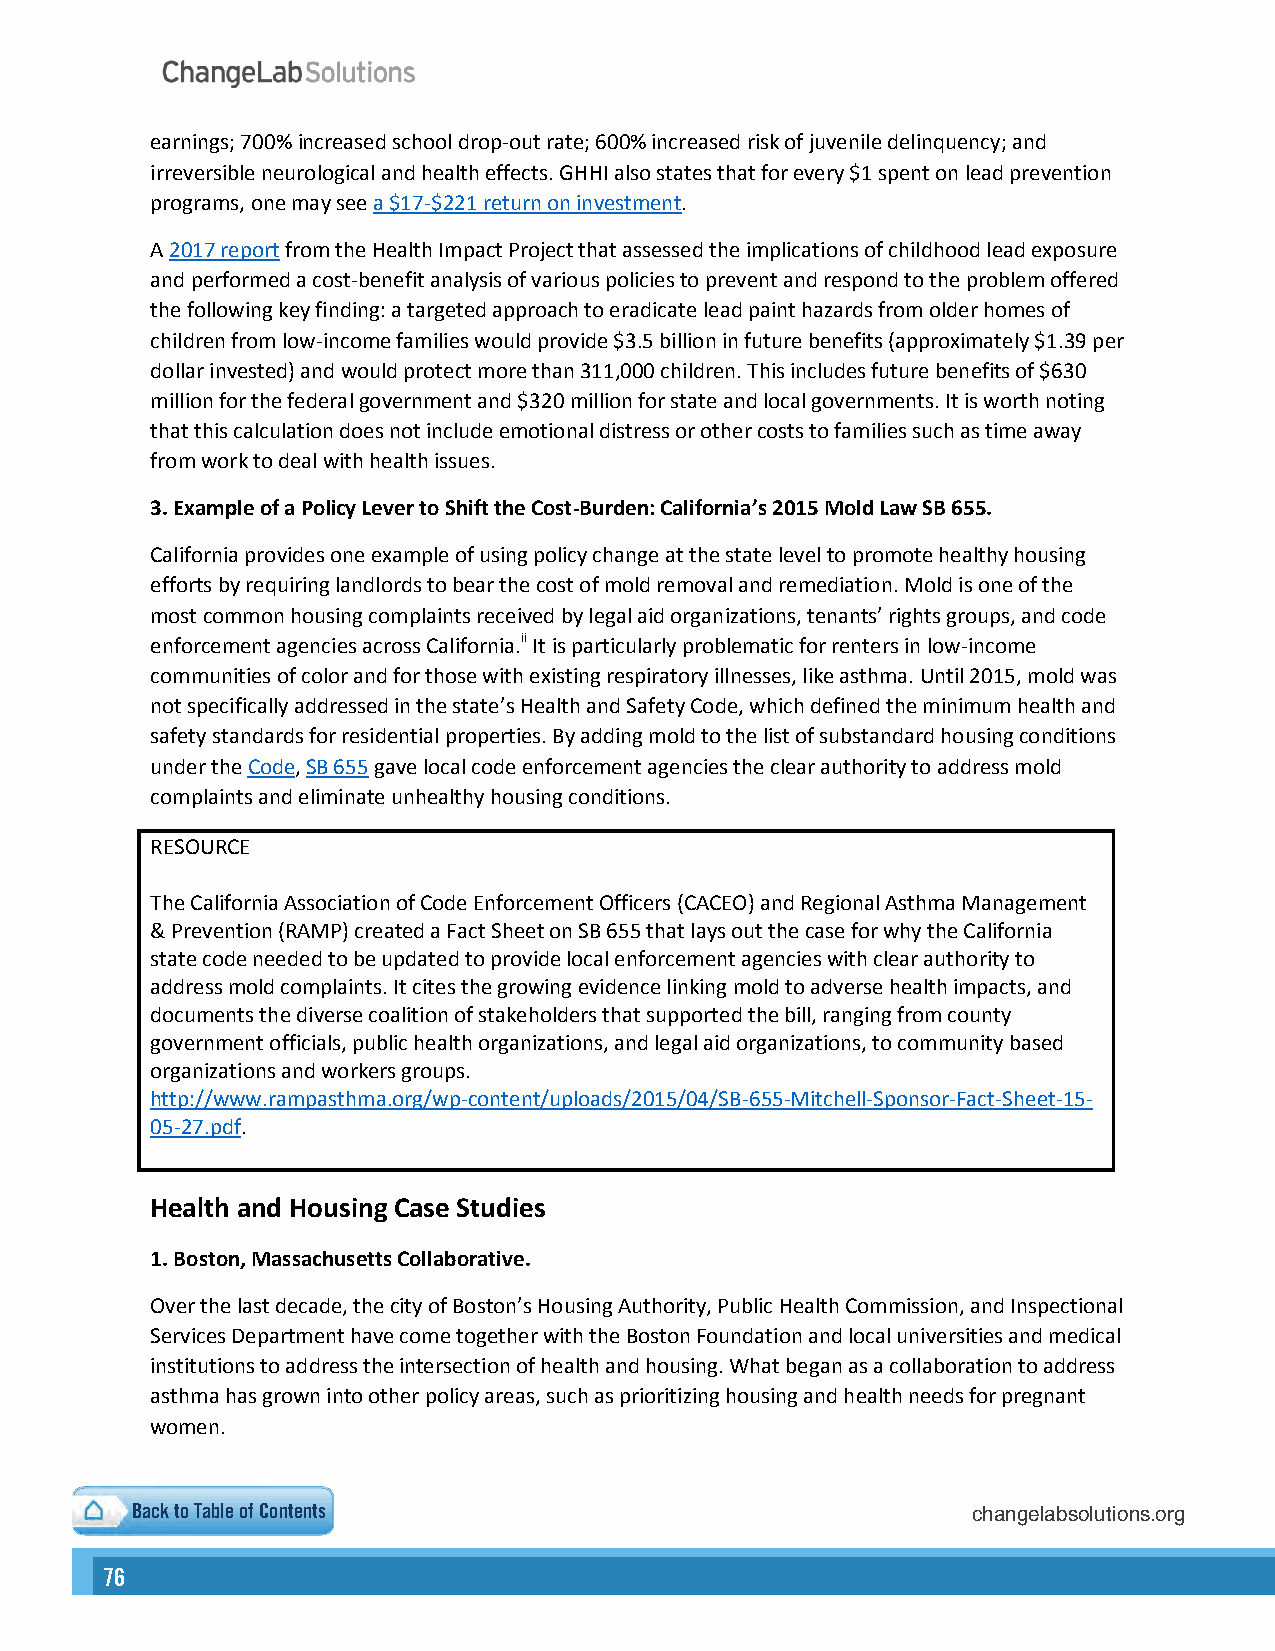
earnings; 700% increased school drop-out rate; 600% increased risk of juvenile delinquency; and
 irreversible neurological and health effects. GHHI also states that for every $1 spent on lead prevention
 programs, one may see a $17-$221 return on investment.
 A 2017 report from the Health Impact Project that assessed the implications of childhood lead exposure
 and performed a cost-benefit analysis of various policies to prevent and respond to the problem offered
 the following key finding: a targeted approach to eradicate lead paint hazards from older homes of
 children from low-income families would provide $3.5 billion in future benefits (approximately $1.39 per
 dollar invested) and would protect more than 311,000 children. This includes future benefits of $630
 million for the federal government and $320 million for state and local governments. It is worth noting
 that this calculation does not include emotional distress or other costs to families such as time away
 from work to deal with health issues.
 3.Example of a Policy Lever to Shift the Cost-Burden: California’s 2015 Mold Law SB 655.
 California provides one example of using policy change at the state level to promote healthy housing
 efforts by requiring landlords to bear the cost of mold removal and remediation. Mold is one of the
 most common housing complaints received by legal aid organizations, tenants’ rights groups, and code
 enforcement agencies across California.ii It is particularly problematic for renters in low-income
 communities of color and for those with existing respiratory illnesses, like asthma. Until 2015, mold was
 not specifically addressed in the state’s Health and Safety Code, which defined the minimum health and
 safety standards for residential properties. By adding mold to the list of substandard housing conditions
 under the Code, SB 655 gave local code enforcement agencies the clear authority to address mold
 complaints and eliminate unhealthy housing conditions.
 RESOURCE
 The California Association of Code Enforcement Officers (CACEO) and Regional Asthma Management
 & Prevention (RAMP) created a Fact Sheet on SB 655 that lays out the case for why the California
 state code needed to be updated to provide local enforcement agencies with clear authority to
 address mold complaints. It cites the growing evidence linking mold to adverse health impacts, and
 documents the diverse coalition of stakeholders that supported the bill, ranging from county
 government officials, public health organizations, and legal aid organizations, to community based
 organizations and workers groups.
 http://www.rampasthma.org/wp-content/uploads/2015/04/SB-655-Mitchell-Sponsor-Fact-Sheet-15-
 05-27.pdf.
 Health and Housing Case Studies
 1.Boston, Massachusetts Collaborative.
 Over the last decade, the city of Boston’s Housing Authority, Public Health Commission, and Inspectional
 Services Department have come together with the Boston Foundation and local universities and medical
 institutions to address the intersection of health and housing. What began as a collaboration to address
 asthma has grown into other policy areas, such as prioritizing housing and health needs for pregnant
 women.
 Back to Table of Contents
 changelabsolutions.org
 76                                                                                                                                                        77